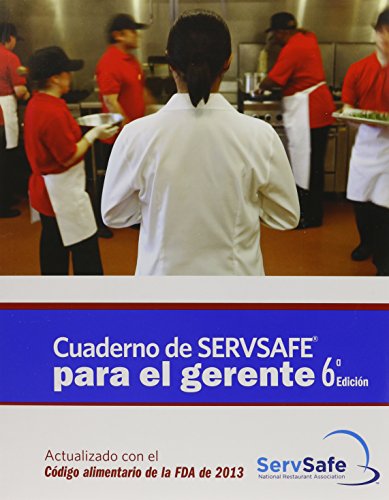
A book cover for ServSafe Manager with Answer Sheet in Spanish, Revised (6th Edition); National Restaurant Associatio; Business & Money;